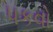
પકવો